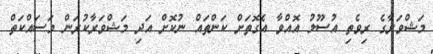
މަޝްވަރާގެ ރިވެތި އުސޫލު އޮއްވާ އެގޮތަށް ކަންތައް ނުކޮށް އަދި މަޝްވަރާކުރަން މަސައްކަތް